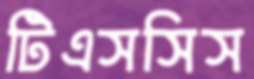
টিএসসিস